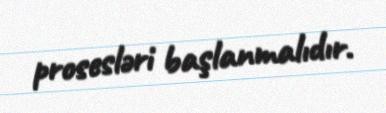
prosesləri başlanmalıdır.